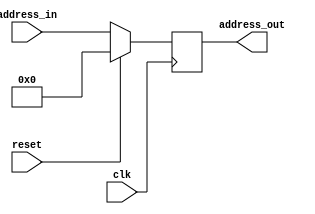

/* Author: Santosh Srivatsan	2017A8PS1924G */
/* SUB-MODULE : PC */

module a2_pc(
	input [7:0] address_in,
	input clk,
	input reset,
	output [7:0] address_out
	);

	reg [8:0] pc;
	assign address_out = pc;

	always @(posedge clk) 
	begin
		if(reset)
			pc = 8'h00;
		else
			pc = address_in;
	end
endmodule

/*******************************************************************************************************************************************************************/

/* Testbench */

module a2_tb_pc;
	reg [7:0] tb_address_in;
	reg tb_clk;
	reg tb_reset;
	wire [7:0] tb_address_out;

	/* Instantiating the PC module */
	a2_pc PC(.address_in(tb_address_in), .clk(tb_clk), .reset(tb_reset), .address_out(tb_address_out));
			
	initial #100 $finish;

	/* Clock generation */
	always
	begin
		tb_clk = 0;
		#5;
		tb_clk = 1;
		#5;
	end
	
	initial 
	begin
		tb_reset = 0 ; tb_address_in = 8'h20;
		#15 tb_reset = 1 ; tb_address_in = 8'h40;
		#10 tb_reset = 0 ; tb_address_in = 8'h10;
	end
endmodule

/*******************************************************************************************************************************************************************/